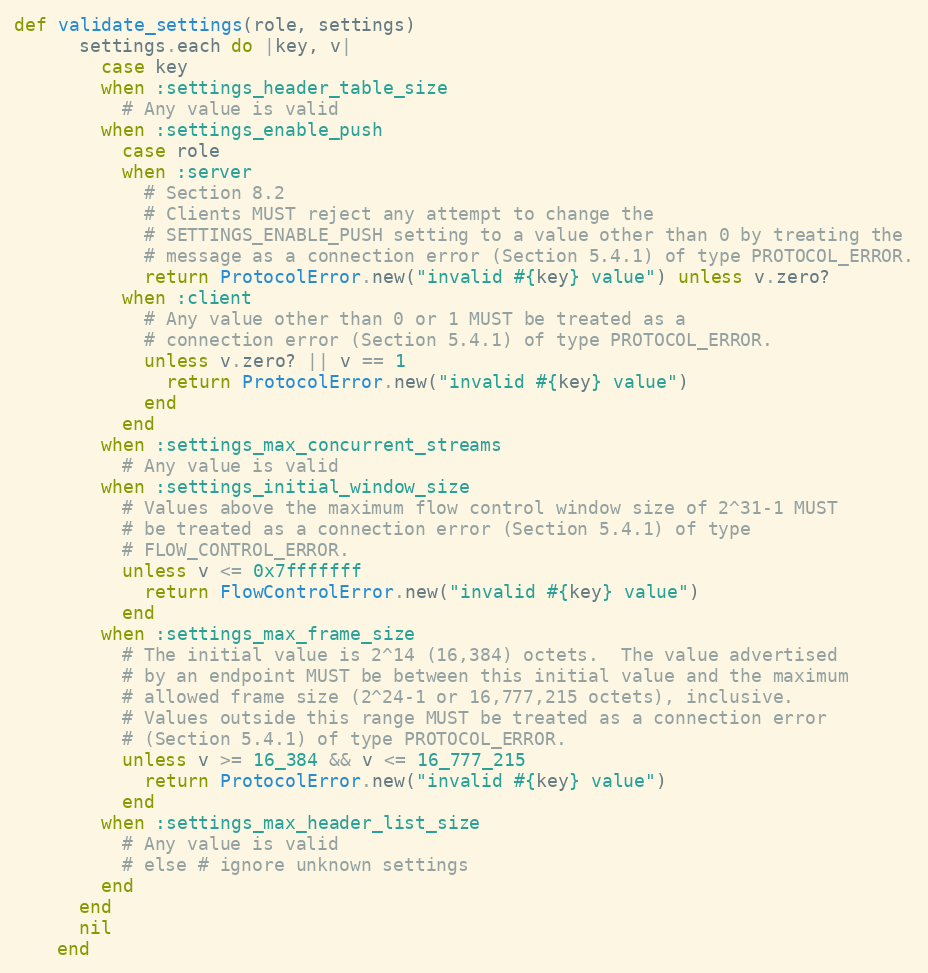
Language: Ruby
def validate_settings(role, settings)
      settings.each do |key, v|
        case key
        when :settings_header_table_size
          # Any value is valid
        when :settings_enable_push
          case role
          when :server
            # Section 8.2
            # Clients MUST reject any attempt to change the
            # SETTINGS_ENABLE_PUSH setting to a value other than 0 by treating the
            # message as a connection error (Section 5.4.1) of type PROTOCOL_ERROR.
            return ProtocolError.new("invalid #{key} value") unless v.zero?
          when :client
            # Any value other than 0 or 1 MUST be treated as a
            # connection error (Section 5.4.1) of type PROTOCOL_ERROR.
            unless v.zero? || v == 1
              return ProtocolError.new("invalid #{key} value")
            end
          end
        when :settings_max_concurrent_streams
          # Any value is valid
        when :settings_initial_window_size
          # Values above the maximum flow control window size of 2^31-1 MUST
          # be treated as a connection error (Section 5.4.1) of type
          # FLOW_CONTROL_ERROR.
          unless v <= 0x7fffffff
            return FlowControlError.new("invalid #{key} value")
          end
        when :settings_max_frame_size
          # The initial value is 2^14 (16,384) octets.  The value advertised
          # by an endpoint MUST be between this initial value and the maximum
          # allowed frame size (2^24-1 or 16,777,215 octets), inclusive.
          # Values outside this range MUST be treated as a connection error
          # (Section 5.4.1) of type PROTOCOL_ERROR.
          unless v >= 16_384 && v <= 16_777_215
            return ProtocolError.new("invalid #{key} value")
          end
        when :settings_max_header_list_size
          # Any value is valid
          # else # ignore unknown settings
        end
      end
      nil
    end